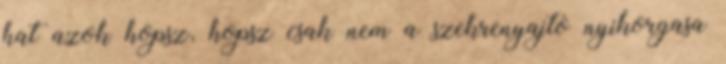
hat azok hopsz, hopsz csak nem a szekrenyajto nyikorgasa